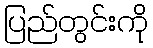
ပြည်တွင်းကို